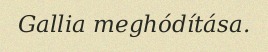
Gallia meghódítása.